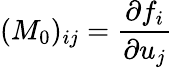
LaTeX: (M_{0})_{ij}=\frac{\partial f_{i}}{\partial u_{j}}